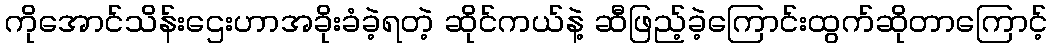
ကိုအောင်သိန်းဌေးဟာအခိုးခံခဲ့ရတဲ့ ဆိုင်ကယ်နဲ့ ဆီဖြည့်ခဲ့ကြောင်းထွက်ဆိုတာကြောင့်